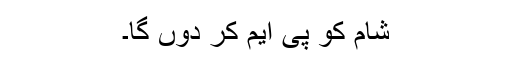
شام کو پی ایم کر دوں گا۔